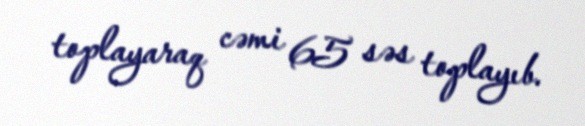
toplayaraq cəmi 65 səs toplayıb.